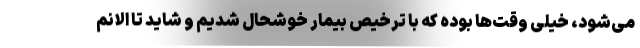
می‌شود، خیلی وقت‌ها بوده که با ترخیص بیمار خوشحال شدیم و شاید تا الانم